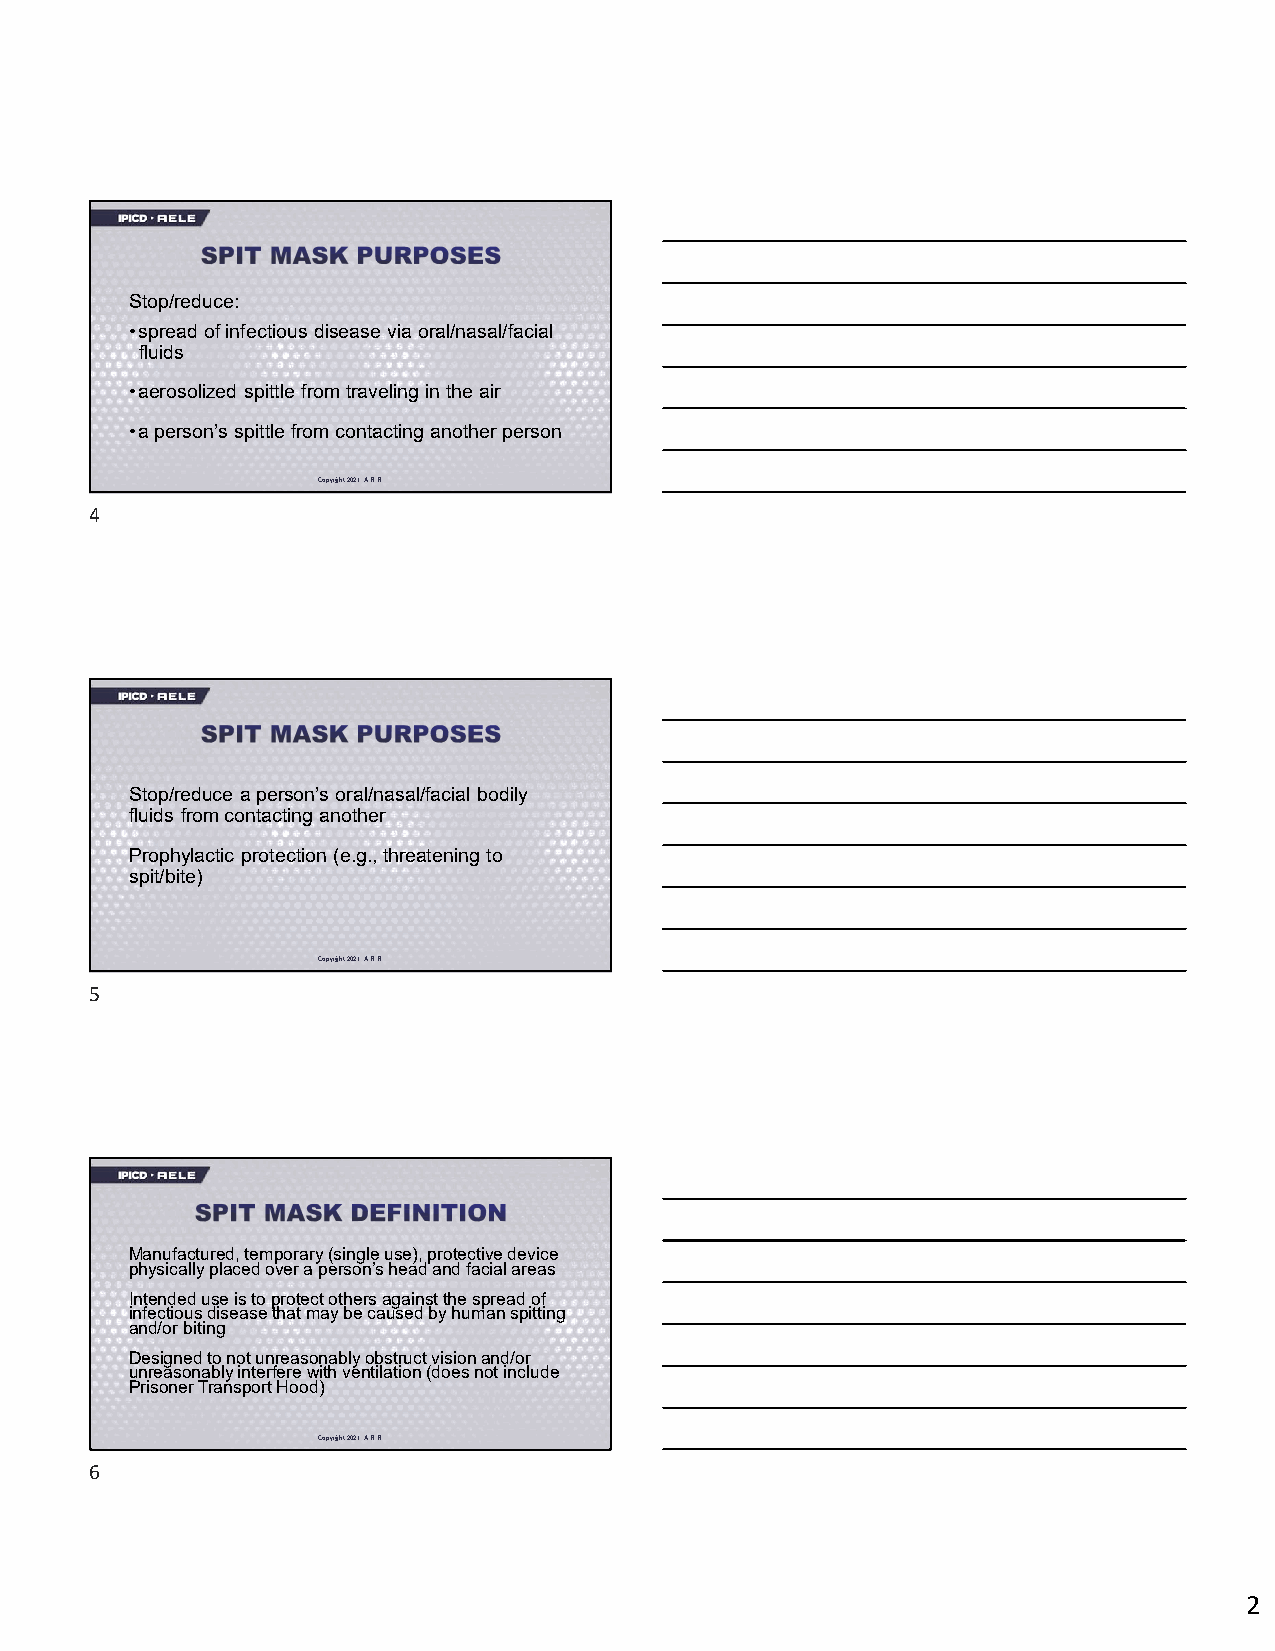
Stop/reduce:
 •spread of infectious disease via oral/nasal/facial
 fluids
 •aerosolized spittle from traveling in the air
 •a person’s spittle from contacting another person
 Copyright 2021. A.R.R.
 4
 Stop/reduce a person’s oral/nasal/facial bodily
 fluids from contacting another
 Prophylactic protection (e.g., threatening to
 spit/bite)
 Copyright 2021. A.R.R.
 5
 Manufactured, temporary (single use), protective device
 physically placed over a person’s head and facial areas
 Intended use is to protect others against the spread of
 infectious disease that may be caused by human spitting
 and/or biting
 Designed to not unreasonably obstruct vision and/or
 unreasonably interfere with ventilation (does not include
 Prisoner Transport Hood)
 Copyright 2021. A.R.R.
 6
 2